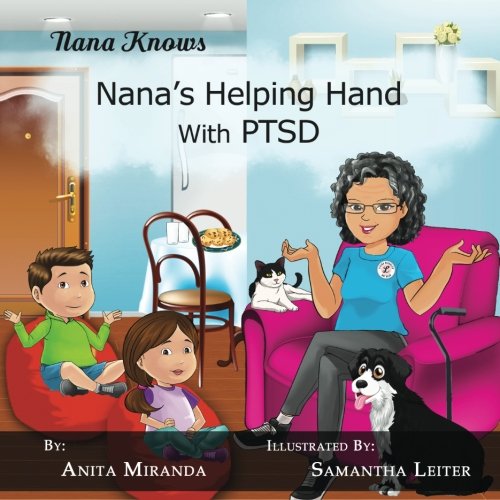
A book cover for Nana's Helping Hand with PTSD: A Unique Nurturing Perspective to Empowering Children Against a Life-Altering Impact (Nana Knows) (Volume 1); Anita Miranda; Parenting & Relationships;